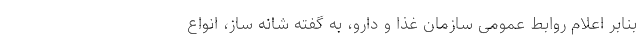
بنابر اعلام روابط عمومی سازمان غذا و دارو، به گفته شانه ساز، انواع